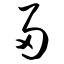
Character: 帚